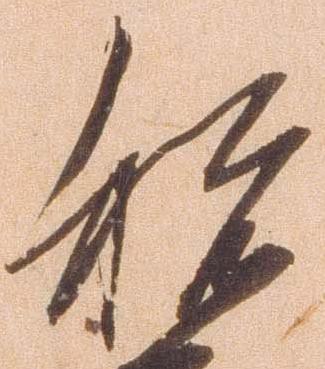
祝